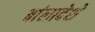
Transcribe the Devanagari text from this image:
बांलादेशे